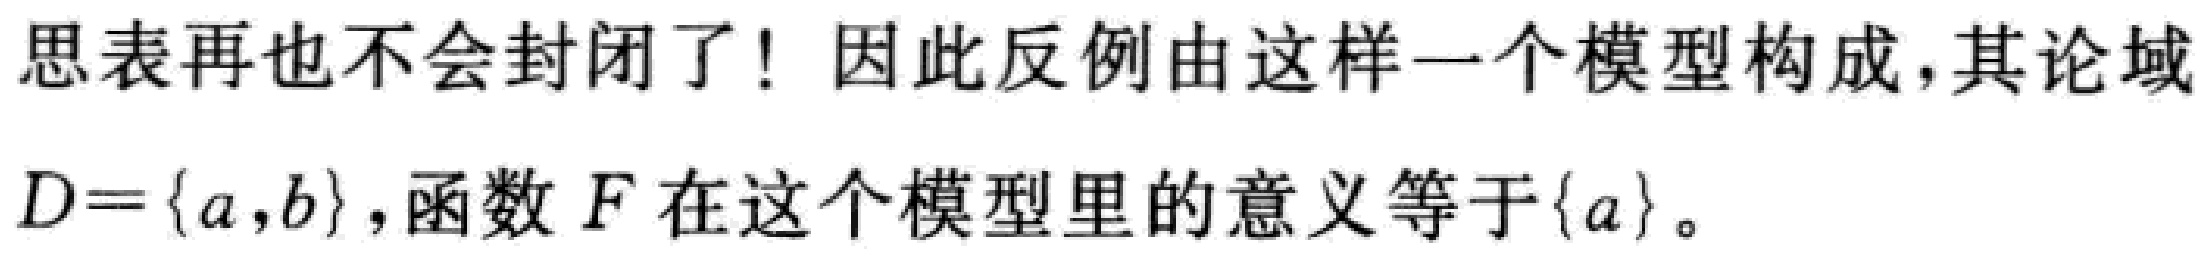
思表再也不会封闭了! 因此反例由这样一个模型构成,其论域
$D = \{a,b\}$,函数$F$在这个模型里的意义等于$\{a\}$。